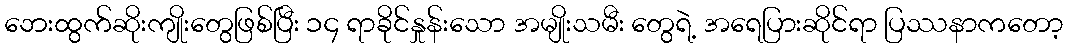
ဘေးထွက်ဆိုးကျိုးတွေဖြစ်ပြီး ၁၄ ရာခိုင်နှုန်းသော အမျိုးသမီး တွေရဲ့ အရေပြားဆိုင်ရာ ပြဿနာကတော့